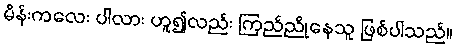
မိန်းကလေး ပါလား ဟူ၍လည်း ကြည်ညိုနေသူ ဖြစ်ပါသည်။